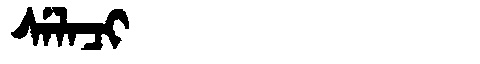
Manchu: ᠰᡝᠯᠠᠴᡳ
Romanization: SELACI